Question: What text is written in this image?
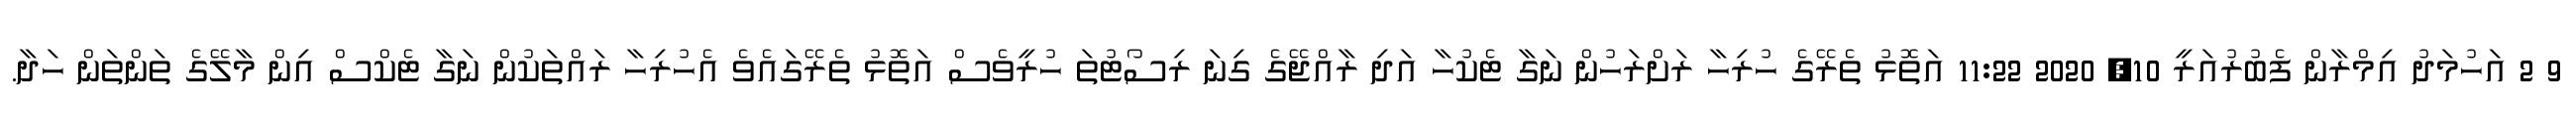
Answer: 9 2 އަހުމަދު އިމްރާން ފެބުރުއަރީ 10, 2020 11:22 އަތޮޅު ތެރޭގެ ހުރިހާ ރަށްރަހުން ނަގާ ޓެކުހާ އަދި ރާއްޖޭގެ ގިނަ ރިސޯޓުތަ ހުރީވެސް އަތޮޅު ތެރޭގައެވެ އެހުރިހާ ރައްތަކުން ނަގާ ޓެކްސް އިން މާލޭގެ ތަންތަން ހަދާ.